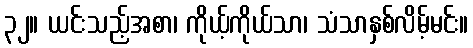
၃၂။ ယင်းသည့်အစာ၊ ကိုယ့်ကိုယ်သာ၊ သံသာနှစ်လိမ့်မင်း။